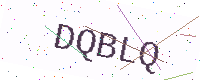
Text: DQBLQ